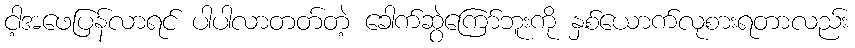
ငါ့အဖေပြန်လာရင် ပါပါလာတတ်တဲ့ ခေါက်ဆွဲကြော်ဘူးကို နှစ်ယောက်လုစားရတာလည်း